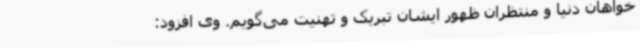
خواهان دنیا و منتظران ظهور ایشان تبریک و تهنیت می‌گویم. وی افزود: